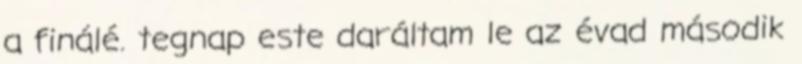
a finálé. tegnap este daráltam le az évad második